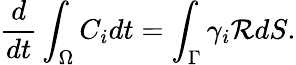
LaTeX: \frac{d}{dt}\int_{\Omega}C_{i}dt=\int_{\Gamma}\gamma_{i}\mathcal{R}dS.